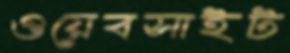
ওয়েবসাইট